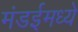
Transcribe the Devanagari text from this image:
मंडईमध्ये